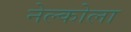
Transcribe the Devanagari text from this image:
नेल्कोला